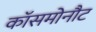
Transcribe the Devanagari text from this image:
कॉसमोनौट